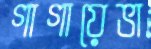
গাগায়েভা